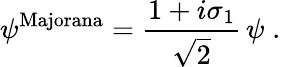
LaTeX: \psi^{\mathrm{Majorana}}=\frac{1+i\sigma_{1}}{\sqrt{2}}\, \psi\; .